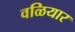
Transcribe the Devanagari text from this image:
वळियार